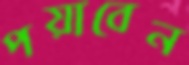
পয়াবেন